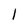
Character: 1